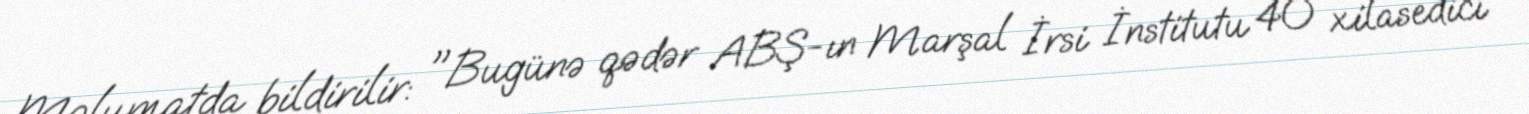
Məlumatda bildirilir: "Bugünə qədər ABŞ-ın Marşal İrsi İnstitutu 40 xilasedici